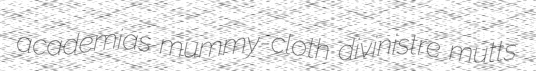
academias mummy-cloth divinistre mutts